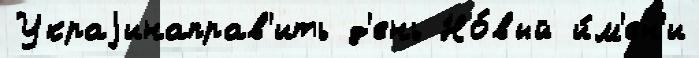
Украjинаправ'ить д'ень Но́вый и́м'ен'и